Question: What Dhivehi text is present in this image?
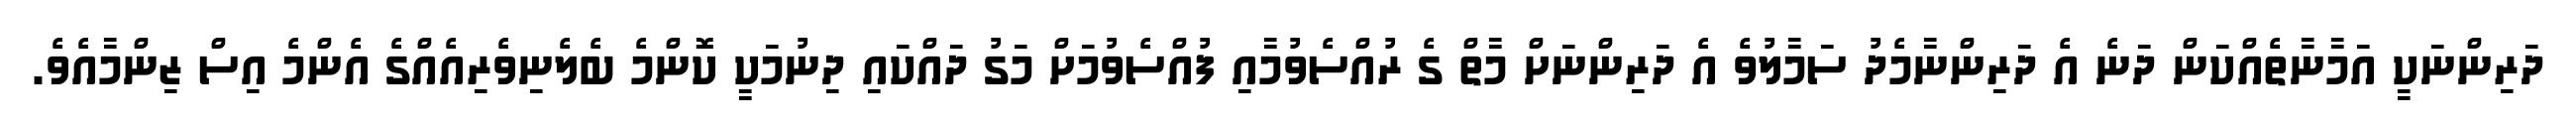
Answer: ދަރިންނަކީ އަމާނާތެއްކަން ދަނެ އެ ދަރިންނާމެދު ސަމާލުވެ އެ ދަރިންނަށް މާތް ގެ ރުއްސެވުމާއި ފުއްސެވުމަށް މަގު ދައްކައި ދިނުމަކީ ކޮންމެ ބެލެނިވެރިއެއްގެ އެންމެ އިސް ޒިންމާއެވެ.